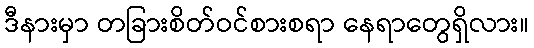
ဒီနားမှာ တခြားစိတ်ဝင်စားစရာ နေရာတွေရှိလား။